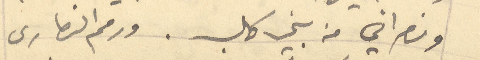
ونصراني من بني كلب. ورمم النصارى